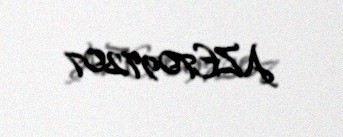
AZE7097207